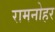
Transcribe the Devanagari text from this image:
रामनोहर